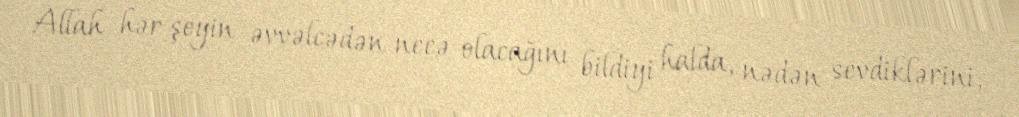
Allah hər şeyin əvvəlcədən necə olacağını bildiyi halda, nədən sevdiklərini,